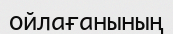
ойлағанының